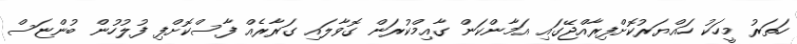
ހަތަރު މީހަކު ހައްޔަރުކޮށްފިރާއްޖޭގައި އަމާންކަން ގާއިމްކުރަން ގޮވާލައި ގަރާރެއް ފާސްކޮށްފި ފުލުހުން ބުންޏަސް